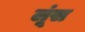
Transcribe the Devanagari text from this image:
लूंस